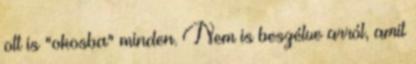
ott is "okosba" minden. Nem is beszélve arról, amit